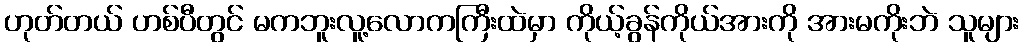
ဟုတ်တယ် ဟစ်ပီတွင် မကဘူးလူ့လောကကြီးထဲမှာ ကိုယ့်ခွန်ကိုယ်အားကို အားမကိုးဘဲ သူများ